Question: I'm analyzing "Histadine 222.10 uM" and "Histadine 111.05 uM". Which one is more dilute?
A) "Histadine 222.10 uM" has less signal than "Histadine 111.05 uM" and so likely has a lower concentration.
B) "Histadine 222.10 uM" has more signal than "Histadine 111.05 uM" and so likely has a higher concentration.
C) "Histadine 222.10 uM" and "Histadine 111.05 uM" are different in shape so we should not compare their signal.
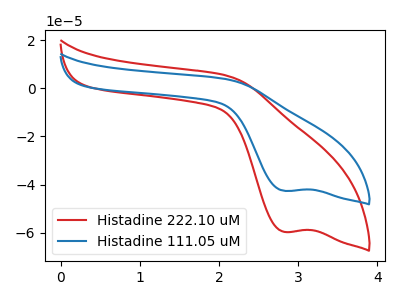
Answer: <think>The red curve "Histadine 222.10 uM" has a cathodic peak at: (2.80V, -59.60uA). The blue curve "Histadine 111.05 uM" has a cathodic peak at: (2.80V, -42.60uA).
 All the peaks in "Histadine 222.10 uM" have a peak in "Histadine 111.05 uM" at the same potential. Every peak in "Histadine 222.10 uM" is higher than every peak in "Histadine 111.05 uM".</think>
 <answer>B) "Histadine 222.10 uM" has more signal than "Histadine 111.05 uM" and so likely has a higher concentration.</answer>
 <eval>B</eval>